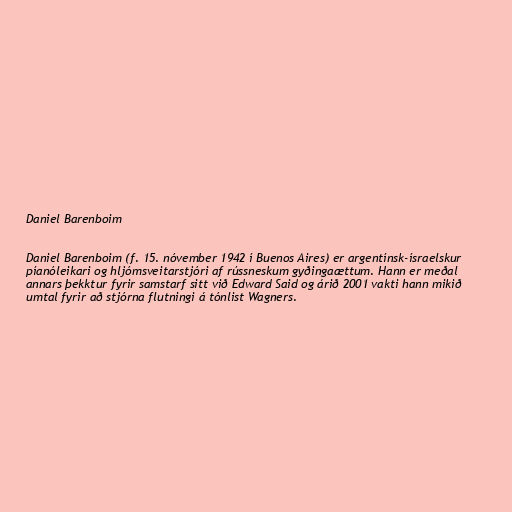
Daniel Barenboim

Daniel Barenboim (f. 15. nóvember 1942 í Buenos Aires) er argentínsk-ísraelskur
píanóleikari og hljómsveitarstjóri af rússneskum gyðingaættum. Hann er meðal
annars þekktur fyrir samstarf sitt við Edward Said og árið 2001 vakti hann mikið
umtal fyrir að stjórna flutningi á tónlist Wagners.